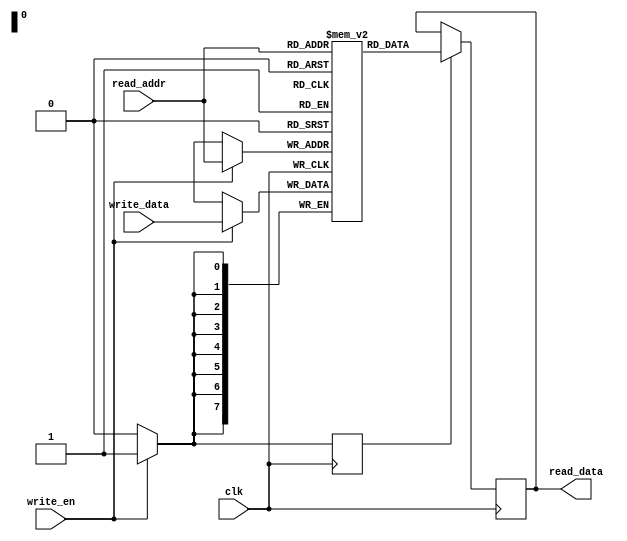
module dual_port_ram (
    input wire clk,
    input wire write_en,
    input wire [7:0] write_data,
    input wire [7:0] read_addr,
    output reg [7:0] read_data
);

reg [7:0] memory [0:255];

reg write_clk_enable;

always @(posedge clk) begin
    if (write_en) begin
        write_clk_enable <= 1;
        memory[read_addr] <= write_data;
    end else begin
        write_clk_enable <= 0;
    end
end

always @(posedge clk) begin
    if (write_clk_enable) begin
        read_data <= memory[read_addr];
    end
end

endmodule